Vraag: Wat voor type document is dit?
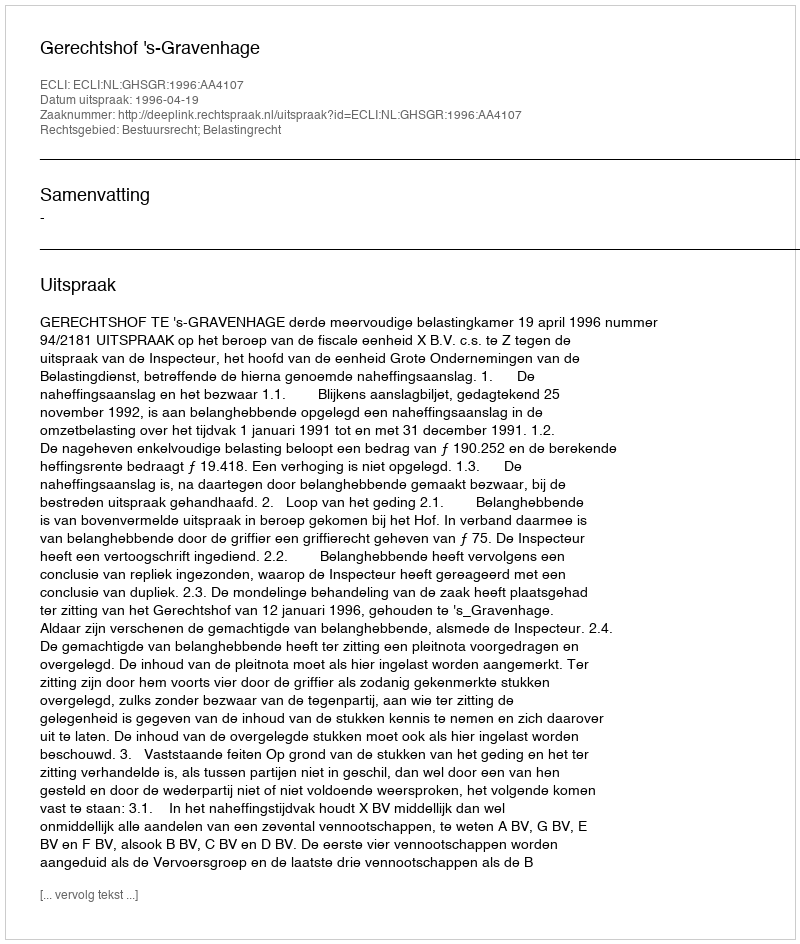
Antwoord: Uitspraak